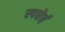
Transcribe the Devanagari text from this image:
स्पधेर्चं